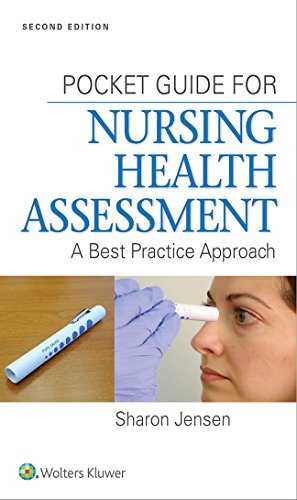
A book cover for Pocket Guide for Nursing Health Assessment: A Best Practice Approach; Sharon Jensen MN  RN; Medical Books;